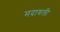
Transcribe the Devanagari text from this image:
मदावली